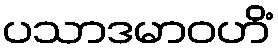
ပသာဒမာဝဟိံ